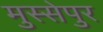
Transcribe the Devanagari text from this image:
मुस्सेपुर